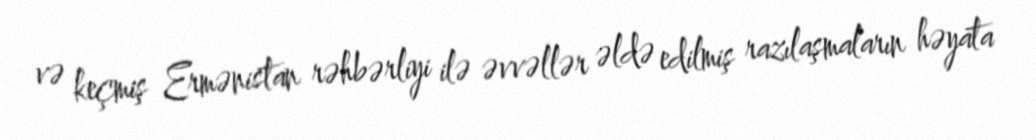
və keçmiş Ermənistan rəhbərliyi ilə əvvəllər əldə edilmiş razılaşmaların həyata